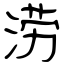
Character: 涝